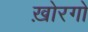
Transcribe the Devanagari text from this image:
ख़ोरगो